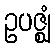
ဥပဇ္ဈံ